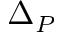
\Delta _ { P }